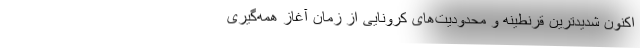
اکنون شدیدترین قرنطینه و محدودیت‌های کرونایی از زمان آغاز همه‌گیری